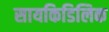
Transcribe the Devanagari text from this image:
सायकिडिलिक